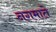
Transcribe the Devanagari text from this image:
नगमाते